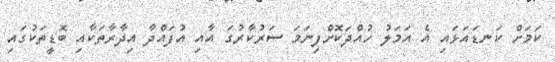
ކަމަށް ކަނޑައަޅައި އެ އަމަލު ހުއްދަކޮށްފިނަމަ ސަރުކާރުގަ އާއި އުފައްދާ އިދާރާތަކާއި ބޮޑީތަކުގައި